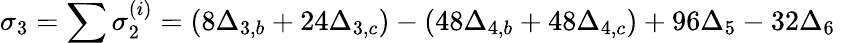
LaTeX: \sigma_{3}=\sum\sigma_{2}^{(i)}=(8\Delta_{3,b}+24\Delta_{3,c})-(48\Delta_{4,b}+48\Delta_{4,c})+96\Delta_{5}-32\Delta_{6}\;